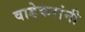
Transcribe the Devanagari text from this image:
वाडेकरांनी